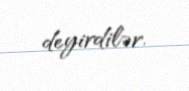
deyirdilər.